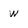
Character: W